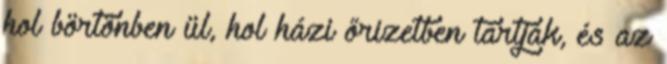
hol börtönben ül, hol házi őrizetben tartják, és az